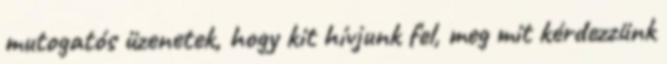
mutogatós üzenetek, hogy kit hívjunk fel, meg mit kérdezzünk